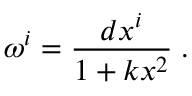
\omega ^ { i } = \frac { d x ^ { i } } { 1 + k x ^ { 2 } } \; .